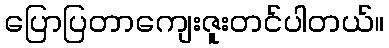
ပြောပြတာကျေးဇူးတင်ပါတယ်။